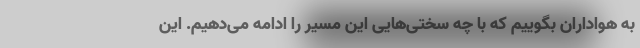
به هواداران بگوییم که با چه سختی‌هایی این مسیر را ادامه می‌دهیم. این